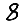
Digit: 8